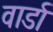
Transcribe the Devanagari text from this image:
वार्डा